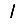
Digit: 1